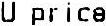
U PRICE